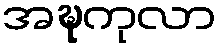
အဍ္ဎကုလာ